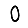
Digit: 0